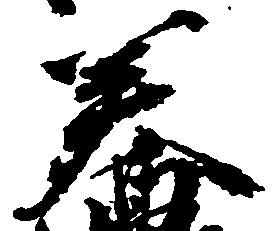
美